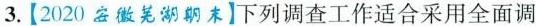
3.2020做湖期末]下列调查工作适合采用全面调